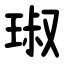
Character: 琡